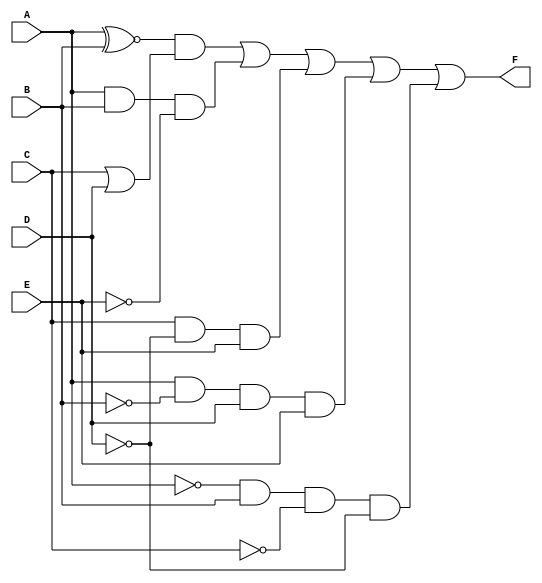
module five_variable_kmap (
    input wire A,  // Input variable A
    input wire B,  // Input variable B
    input wire C,  // Input variable C
    input wire D,  // Input variable D
    input wire E,  // Input variable E
    output wire F  // Output variable F
);

// Define the K-map using the minterms.
// For this example, let's say the minterms are 0, 1, 2, 5, 6, 7, 8, 9, 10, 14, 15.
// This corresponds to the following binary combinations of A, B, C, D, E:
// Minterms:  00000, 00001, 00010, 00101, 00110, 00111, 01000, 01001, 01010, 01110, 01111

assign F = (A ~^ B) & (C | D) | (A & B & ~E) | (C & ~D & E) | (A & ~B & D & E) | (~A & B & ~C & ~D);

// Alternatively, you can use a case statement for more complex logic
/*
always @(*) begin
    case ({A, B, C, D, E})
        5'b00000: F = 1;  // minterm 0
        5'b00001: F = 1;  // minterm 1
        5'b00010: F = 1;  // minterm 2
        5'b00011: F = 0;  // minterm 3
        5'b00100: F = 0;  // minterm 4
        5'b00101: F = 1;  // minterm 5
        5'b00110: F = 1;  // minterm 6
        5'b00111: F = 1;  // minterm 7
        5'b01000: F = 1;  // minterm 8
        5'b01001: F = 1;  // minterm 9
        5'b01010: F = 1;  // minterm 10
        5'b01011: F = 0;  // minterm 11
        5'b01100: F = 0;  // minterm 12
        5'b01101: F = 0;  // minterm 13
        5'b01110: F = 1;  // minterm 14
        5'b01111: F = 1;  // minterm 15
        // Add remaining cases for minterms 16 to 31 as needed
        default: F = 0;   // Don't care condition
    endcase
end
*/

endmodule